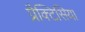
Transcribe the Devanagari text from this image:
प्रैक्टिसिया